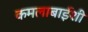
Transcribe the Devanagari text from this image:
कमलाबाईशी